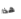
هذا